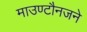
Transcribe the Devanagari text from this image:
माउण्टौनजने